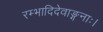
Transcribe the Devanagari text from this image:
रम्भादिदेवाङ्गनाः।